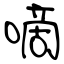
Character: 嘀